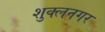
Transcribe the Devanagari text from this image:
शुक्लनगर